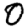
Digit: 0